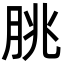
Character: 朓